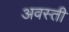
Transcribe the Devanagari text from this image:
अवस्ती